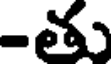
-తు